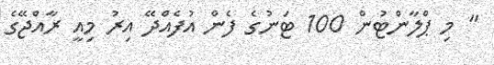
" މި ޕްލާންޓުން 100 ޓަނުގެ ފެން އުފެއްދޭ އިރު މިއީ ރާއްޖޭގެ